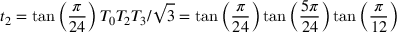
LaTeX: t _ { 2 } = \tan \left( \frac { \pi } { 2 4 } \right) T _ { 0 } T _ { 2 } T _ { 3 } / \sqrt { 3 } = \tan \left( \frac { \pi } { 2 4 } \right) \tan \left( \frac { 5 \pi } { 2 4 } \right) \tan \left( \frac { \pi } { 1 2 } \right)